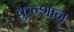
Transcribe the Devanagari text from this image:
कुन्शान